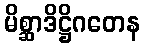
မိစ္ဆာဒိဋ္ဌိဂတေန